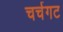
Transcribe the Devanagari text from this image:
चर्चगट